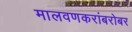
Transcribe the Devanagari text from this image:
मालवणकरांबरोबर